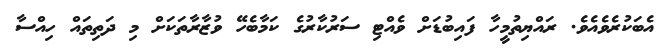
އެބަކުރެވެއެވެ. ރައްޔިތުމީހާ ފައިބުޑަށް ވެއްޓި ސަރުކާރުގެ ކަމާބެހޭ ވުޒާރާތަކަށް މި ދަތިތައް ހިއްސާ